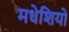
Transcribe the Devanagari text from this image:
मधेशियो